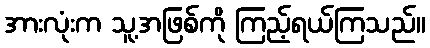
အားလုံးက သူ့အဖြစ်ကို ကြည့်ရယ်ကြသည်။